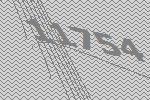
11754